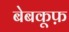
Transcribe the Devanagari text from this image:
बेबकूफ़